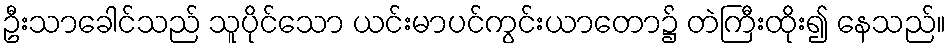
ဦးသာခေါင်သည် သူပိုင်သော ယင်းမာပင်ကွင်းယာတော၌ တဲကြီးထိုး၍ နေသည်။